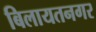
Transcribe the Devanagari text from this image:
बिलायतनगर